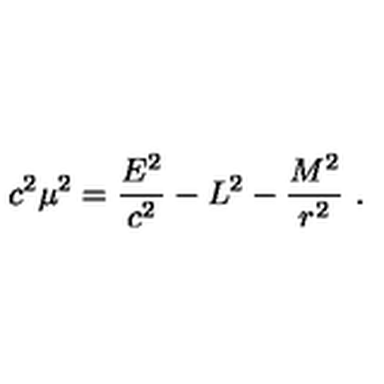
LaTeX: c ^ { 2 } \mu ^ { 2 } = { \frac { E ^ { 2 } } { c ^ { 2 } } } - L ^ { 2 } - { \frac { M ^ { 2 } } { r ^ { 2 } } } \ .